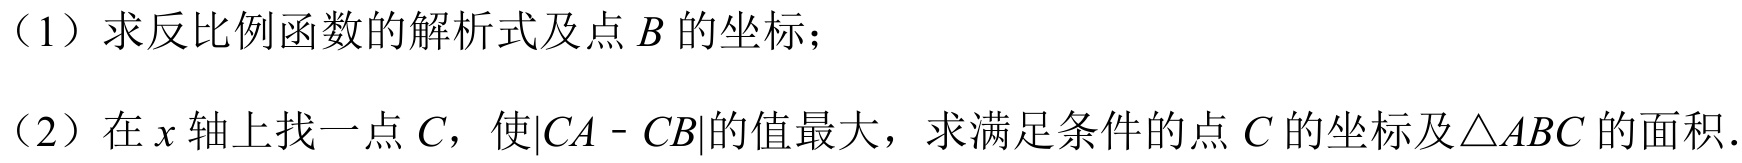
（1）求反比例函数的解析式及点\(B\)的坐标；
（2）在\(x\)轴上找一点\(C\)，使\(\vert CA - CB\vert\)的值最大，求满足条件的点\(C\)的坐标及\(\triangle ABC\)的面积.